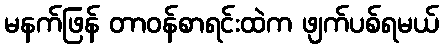
မနက်ဖြန် တာဝန်စာရင်းထဲက ဖျက်ပစ်ရမယ်